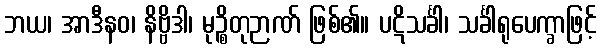
ဘယ၊ အာဒီနဝ၊ နိဗ္ဗိဒါ၊ မုဉ္စိတုဉာဏ် ဖြစ်၏။ ပဋိသင်္ခါ၊ သင်္ခါရုပေက္ခာဖြင့်